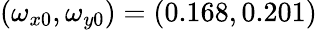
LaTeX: (\omega_{x0},\omega_{y0})=(0.168,0.201)